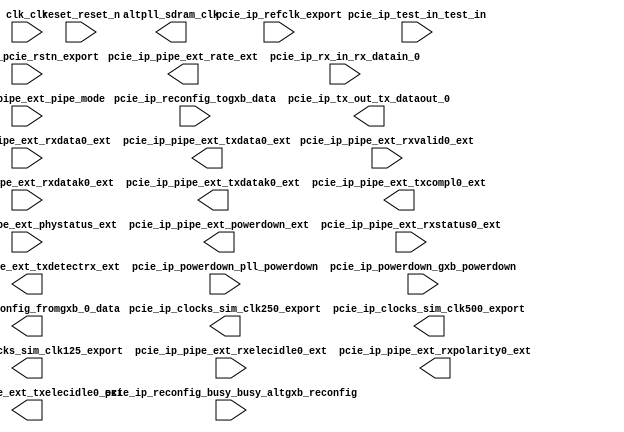

module de2i_150_pcie (
	altpll_sdram_clk,
	clk_clk,
	pcie_ip_clocks_sim_clk250_export,
	pcie_ip_clocks_sim_clk500_export,
	pcie_ip_clocks_sim_clk125_export,
	pcie_ip_pcie_rstn_export,
	pcie_ip_pipe_ext_pipe_mode,
	pcie_ip_pipe_ext_phystatus_ext,
	pcie_ip_pipe_ext_rate_ext,
	pcie_ip_pipe_ext_powerdown_ext,
	pcie_ip_pipe_ext_txdetectrx_ext,
	pcie_ip_pipe_ext_rxelecidle0_ext,
	pcie_ip_pipe_ext_rxdata0_ext,
	pcie_ip_pipe_ext_rxstatus0_ext,
	pcie_ip_pipe_ext_rxvalid0_ext,
	pcie_ip_pipe_ext_rxdatak0_ext,
	pcie_ip_pipe_ext_txdata0_ext,
	pcie_ip_pipe_ext_txdatak0_ext,
	pcie_ip_pipe_ext_rxpolarity0_ext,
	pcie_ip_pipe_ext_txcompl0_ext,
	pcie_ip_pipe_ext_txelecidle0_ext,
	pcie_ip_powerdown_pll_powerdown,
	pcie_ip_powerdown_gxb_powerdown,
	pcie_ip_reconfig_busy_busy_altgxb_reconfig,
	pcie_ip_reconfig_fromgxb_0_data,
	pcie_ip_reconfig_togxb_data,
	pcie_ip_refclk_export,
	pcie_ip_rx_in_rx_datain_0,
	pcie_ip_test_in_test_in,
	pcie_ip_tx_out_tx_dataout_0,
	reset_reset_n);	

	output		altpll_sdram_clk;
	input		clk_clk;
	output		pcie_ip_clocks_sim_clk250_export;
	output		pcie_ip_clocks_sim_clk500_export;
	output		pcie_ip_clocks_sim_clk125_export;
	input		pcie_ip_pcie_rstn_export;
	input		pcie_ip_pipe_ext_pipe_mode;
	input		pcie_ip_pipe_ext_phystatus_ext;
	output		pcie_ip_pipe_ext_rate_ext;
	output	[1:0]	pcie_ip_pipe_ext_powerdown_ext;
	output		pcie_ip_pipe_ext_txdetectrx_ext;
	input		pcie_ip_pipe_ext_rxelecidle0_ext;
	input	[7:0]	pcie_ip_pipe_ext_rxdata0_ext;
	input	[2:0]	pcie_ip_pipe_ext_rxstatus0_ext;
	input		pcie_ip_pipe_ext_rxvalid0_ext;
	input		pcie_ip_pipe_ext_rxdatak0_ext;
	output	[7:0]	pcie_ip_pipe_ext_txdata0_ext;
	output		pcie_ip_pipe_ext_txdatak0_ext;
	output		pcie_ip_pipe_ext_rxpolarity0_ext;
	output		pcie_ip_pipe_ext_txcompl0_ext;
	output		pcie_ip_pipe_ext_txelecidle0_ext;
	input		pcie_ip_powerdown_pll_powerdown;
	input		pcie_ip_powerdown_gxb_powerdown;
	input		pcie_ip_reconfig_busy_busy_altgxb_reconfig;
	output	[4:0]	pcie_ip_reconfig_fromgxb_0_data;
	input	[3:0]	pcie_ip_reconfig_togxb_data;
	input		pcie_ip_refclk_export;
	input		pcie_ip_rx_in_rx_datain_0;
	input	[39:0]	pcie_ip_test_in_test_in;
	output		pcie_ip_tx_out_tx_dataout_0;
	input		reset_reset_n;
endmodule